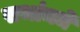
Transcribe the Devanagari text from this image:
सभांमधे